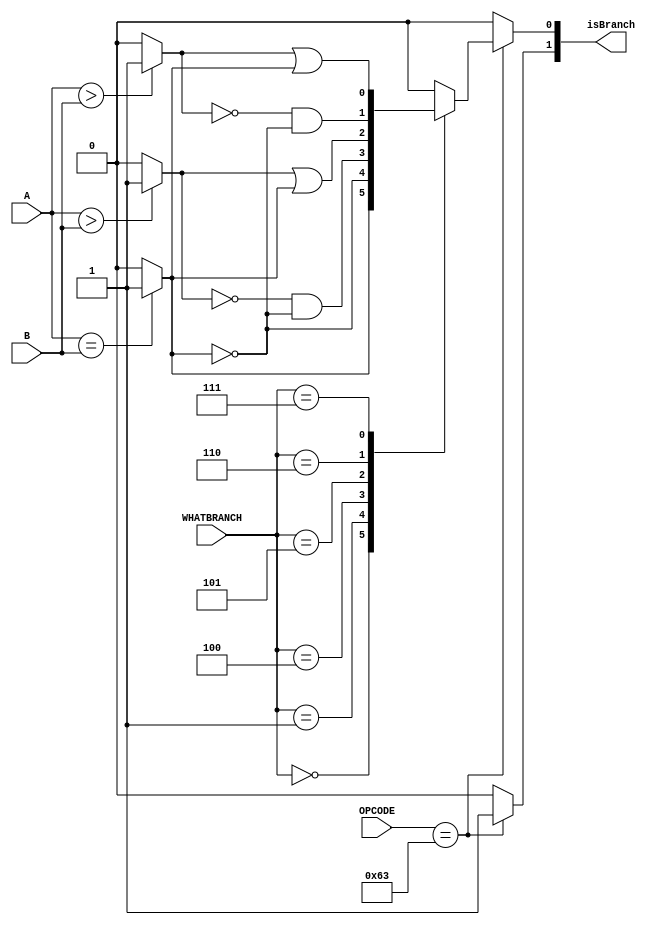
`timescale 1ns / 100ps

module BCOND(
	input wire signed [31:0] A,
	input wire signed [31:0] B,
	input wire [6:0] OPCODE, //6:0
	input wire [2:0] WHATBRANCH, // 14:12
	output reg [1:0] isBranch // first bit: determined by opcode, second bit: 1 when branch taken
	);

	reg [2:0] whatBranch;
	reg [3:0] bCond;

	initial begin
		// isBranch = 2'b0;
    end

    always @(*) begin
		// First bit: whether equal (1) or not equal (0)
		// Second bit: whether A is bigger (1) or B is bigger (0) in signed number
		// Third bit: whether A is bigger (1) or B is bigger (0) in unsigned number
		bCond[2] = (A == B) ? 1 : 0;
		bCond[1] = (A > B) ? 1 : 0;
		bCond[0] = ({1'b0, A} > {1'b0, B}) ? 1 : 0;

		if (OPCODE == 7'b1100011) begin
			case (WHATBRANCH)
				3'b000: isBranch[0] = (bCond[2] == 1'b1);
				3'b001: isBranch[0] = (bCond[2] == 1'b0);
				3'b100: isBranch[0] = (bCond[1] == 1'b0 & bCond[2] == 1'b0);
				3'b101: isBranch[0] = (bCond[1] == 1'b1 | bCond[2] == 1'b1);
				3'b110: isBranch[0] = (bCond[0] == 1'b0 & bCond[2] == 1'b0);
				3'b111: isBranch[0] = (bCond[0] == 1'b1 | bCond[2] == 1'b1);
				default: isBranch[0] = 0;
			endcase
			isBranch[1] = 1;
			// isBranch[0] = 1;
		end
		else
			isBranch = 2'b0;
    end
	
endmodule